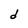
Character: d